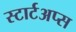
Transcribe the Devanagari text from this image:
स्टार्टअप्स